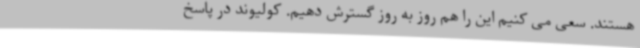
هستند. سعی می کنیم این را هم روز به روز گسترش دهیم. کولیوند در پاسخ